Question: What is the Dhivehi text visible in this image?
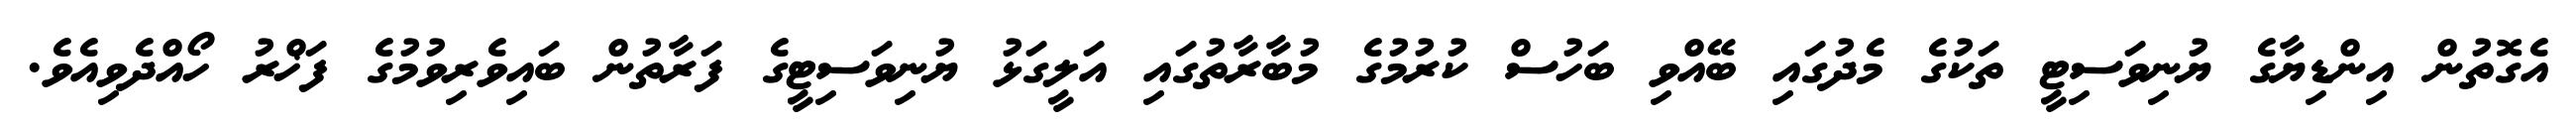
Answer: އެގޮތުން އިންޑިޔާގެ ޔުނިވަސިޓީ ތަކުގެ މެދުގައި ބޭއްވި ބަހުސް ކުރުމުގެ މުބާރާތުގައި އަލީގަޅު ޔުނިވަސިޓީގެ ފަރާތުން ބައިވެރިވުމުގެ ފަޚްރު ހޯއްދެވިއެވެ.